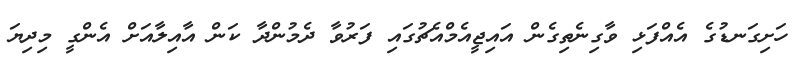
ހަށިގަނޑުގެ އެއްފަޅި ވާގިނެތިގެން އައިޖީއެމްއެޗުގައި ފަރުވާ ދެމުންދާ ކަން އާއިލާއަށް އެންގީ މިދިޔަ